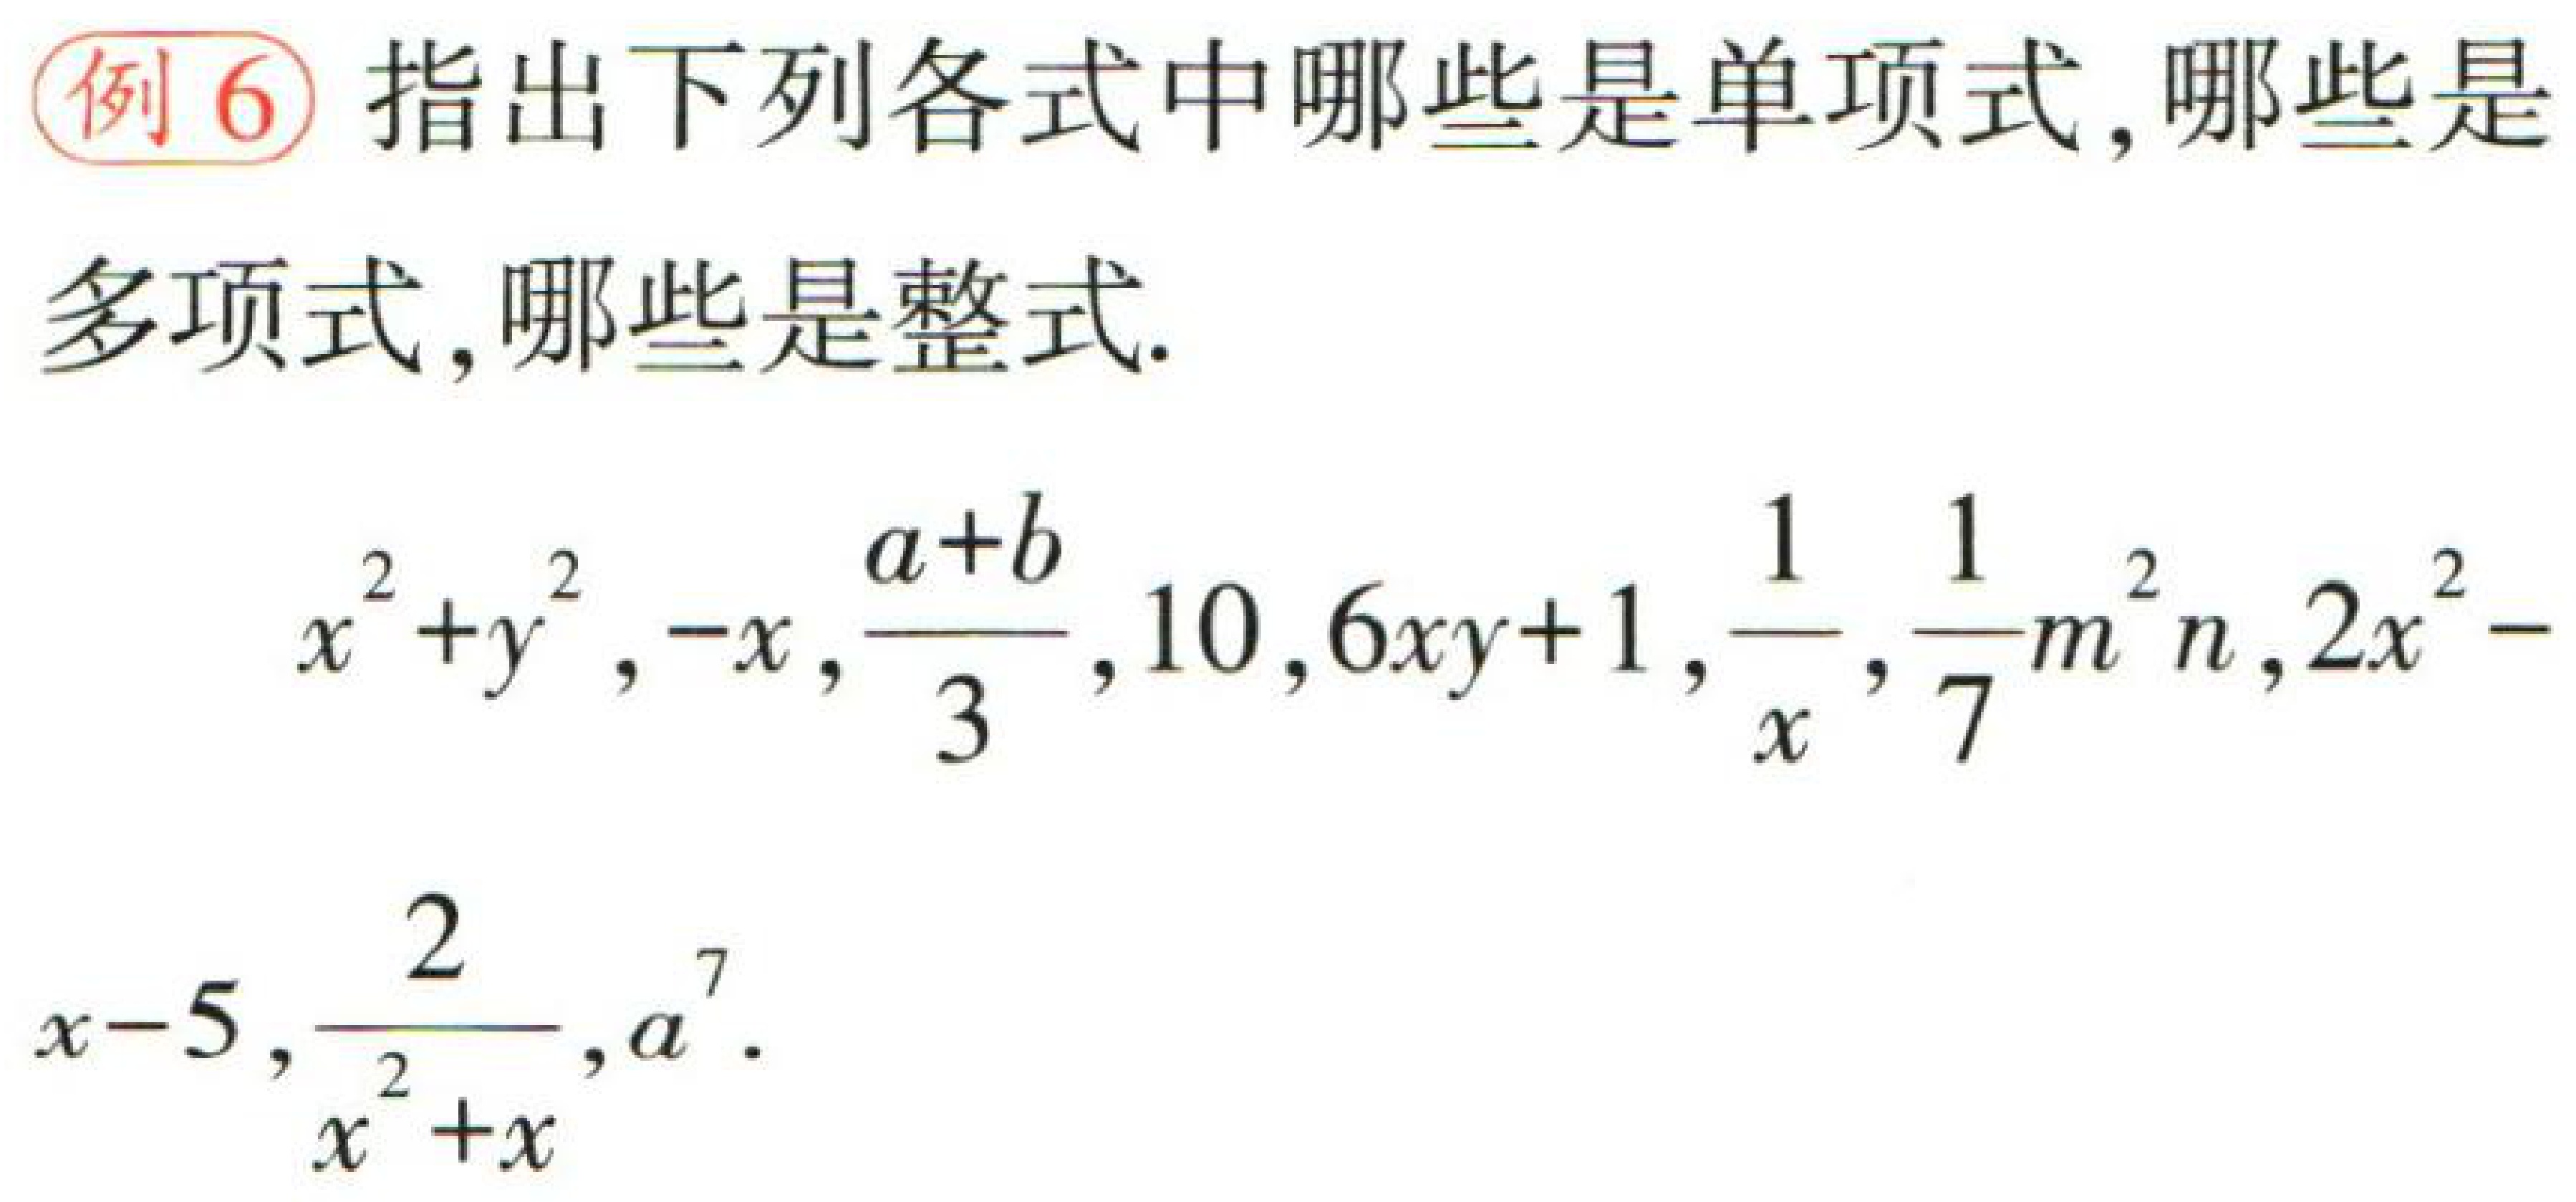
例6 指出下列各式中哪些是单项式,哪些是多项式,哪些是整式.

\(x^{2}+y^{2},-x,\frac{a + b}{3},10,6xy + 1,\frac{1}{x},\frac{1}{7}m^{2}n,2x^{2}-x - 5,\frac{2}{x^{2}+x},a^{7}\).